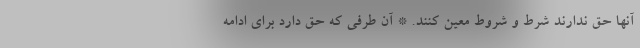
آنها حق ندارند شرط و شروط معین کنند. * آن طرفی که حق دارد برای ادامه